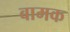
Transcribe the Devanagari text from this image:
बामक